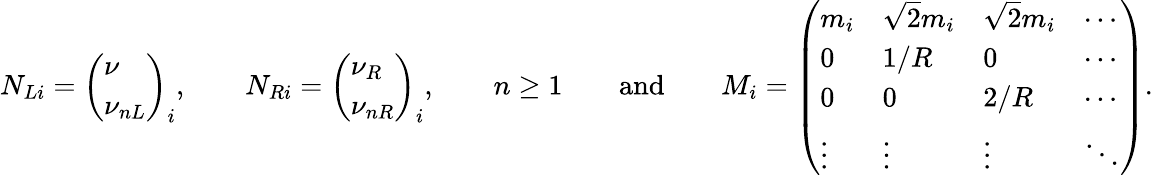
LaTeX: N_{Li}=\left(\begin{array}{l}{{\nu}}\\ {{\nu_{nL}}}\end{array}\right)_{i},\qquad N_{Ri}=\left(\begin{array}{l}{{\nu_{R}}}\\ {{\nu_{nR}}}\end{array}\right)_{i},\qquad n\ge 1\qquad\mathrm{and}\qquad M_{i}=\left(\begin{array}{llll}{{m_{i}}}&{{\sqrt{2}m_{i}}}&{{\sqrt{2}m_{i}}}&{{\cdots}}\\ {{0}}&{{1/R}}&{{0}}&{{\cdots}}\\ {{0}}&{{0}}&{{2/R}}&{{\cdots}}\\ {{\vdots}}&{{\vdots}}&{{\vdots}}&{{\ddots}}\end{array}\right).